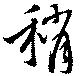
稍